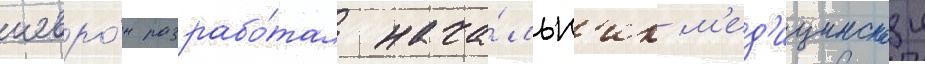
шевро́н разрабо́тал нача́льн'ик м'ед'ицинскои